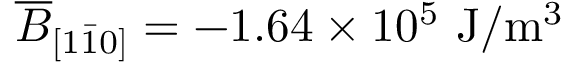
\overline { { B } } _ { [ 1 \bar { 1 } 0 ] } = - 1 . 6 4 \times 1 0 ^ { 5 } ~ \mathrm { J / m ^ { 3 } }